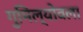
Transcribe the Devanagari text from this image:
गुमिल्योवला